Plague in India, 1896, 1897 - Volume 2
Year: 1896
Disease focus: Plague
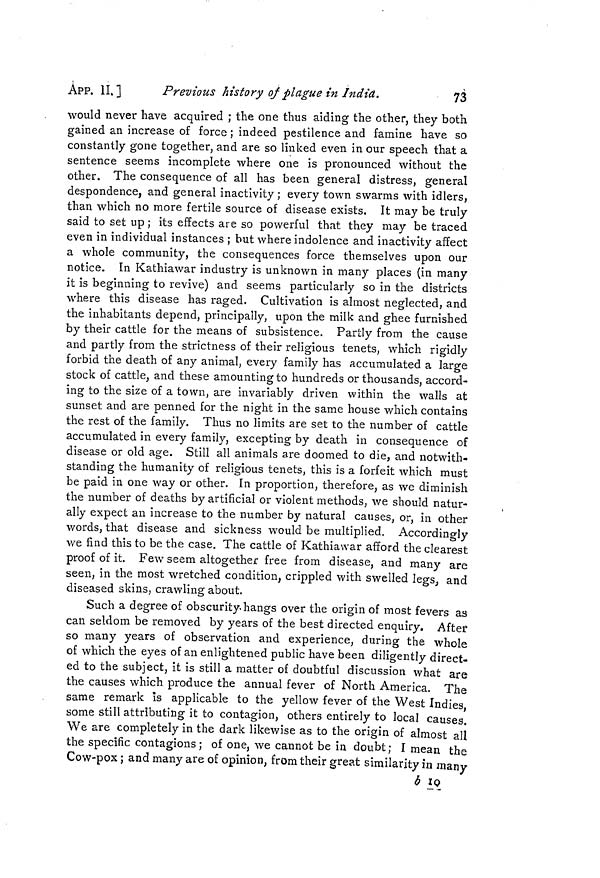
ÁPP. II.]
Previous history of plague in India.
73
would never have acquired ; the one thus aiding the other, they both
gained an increase of force ; indeed pestilence and famine have so
constantly gone together, and are so linked even in our speech that a
sentence seems incomplete where one is pronounced without the
other. The consequence of all has been general distress, general
despondence, and general inactivity ; every town swarms with idlers,
than which no more fertile source of disease exists. It may be truly
said to set up ; its effects are so powerful that they may be traced
even in individual instances ; but where indolence and inactivity affect
a whole community, the consequences force themselves upon our
notice. In Kathiawar industry is unknown in many places (in many
it is beginning to revive) and seems particularly so in the districts
where this disease has raged. Cultivation is almost neglected, and
the inhabitants depend, principally, upon the milk and ghee furnished
by their cattle for the means of subsistence. Partly from the cause
and partly from the strictness of their religious tenets, which rigidly
forbid the death of any animal, every family has accumulated a large
stock of cattle, and these amounting to hundreds or thousands, accord-
ing to the size of a town, are invariably driven within the walls at
sunset and are penned for the night in the same house which contains
the rest of the family. Thus no limits are set to the number of cattle
accumulated in every family, excepting by death in consequence of
disease or old age. Still all animals are doomed to die, and notwith-
standing the humanity of religious tenets, this is a forfeit which must
be paid in one way or other. In proportion, therefore, as we diminish
the number of deaths by artificial or violent methods, Ave should natur-
ally expect an increase to the number by natural causes, or, in other
words, that disease and sickness would be multiplied. Accordingly
we find this to be the case. The cattle of Kathiawar afford the clearest
proof of it. Few seem altogether free from disease, and many are
seen, in the most wretched condition, crippled with swelled legs, and
diseased skins, crawling about.
Such a degree of obscurity, hangs over the origin of most fevers as
can seldom be removed by years of the best directed enquiry. After
so many years of observation and experience, during the whole
of which the eyes of an enlightened public have been diligently direct-
ed to the subject, it is still a matter of doubtful discussion what are
the causes which produce the annual fever of North America. The
same remark is applicable to the yellow fever of the West Indies
some still attributing it to contagion, others entirely to local causes.
We are completely in the dark likewise as to the origin of almost all
the specific contagions ; of one, we cannot be in doubt; I mean the
Cow-pox ; and many are of opinion, from their great similarity in many
b 10